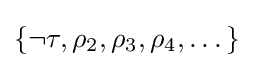
\{\neg \tau ,\rho _{2},\rho _{3},\rho _{4},\dots \}